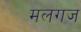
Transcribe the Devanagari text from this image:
मलगज